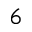
6